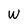
Character: w